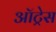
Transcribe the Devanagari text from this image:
ऑट्रेस